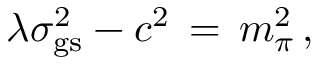
\lambda \sigma _ { \mathrm { g s } } ^ { 2 } - c ^ { 2 } \, = \, m _ { \pi } ^ { 2 } \, ,